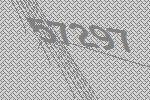
57297